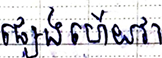
ផ្សេងហើយវា